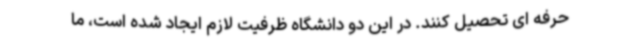
حرفه ای تحصیل کنند. در این دو دانشگاه ظرفیت لازم ایجاد شده است، ما